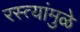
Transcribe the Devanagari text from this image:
रस्त्यांमुळे